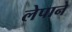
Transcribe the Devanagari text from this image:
लेपाने